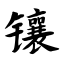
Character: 镶